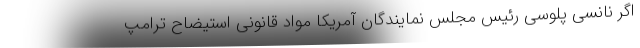
اگر نانسی پلوسی رئیس مجلس نمایندگان آمریکا مواد قانونی استیضاح ترامپ